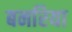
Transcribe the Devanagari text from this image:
बनरिया